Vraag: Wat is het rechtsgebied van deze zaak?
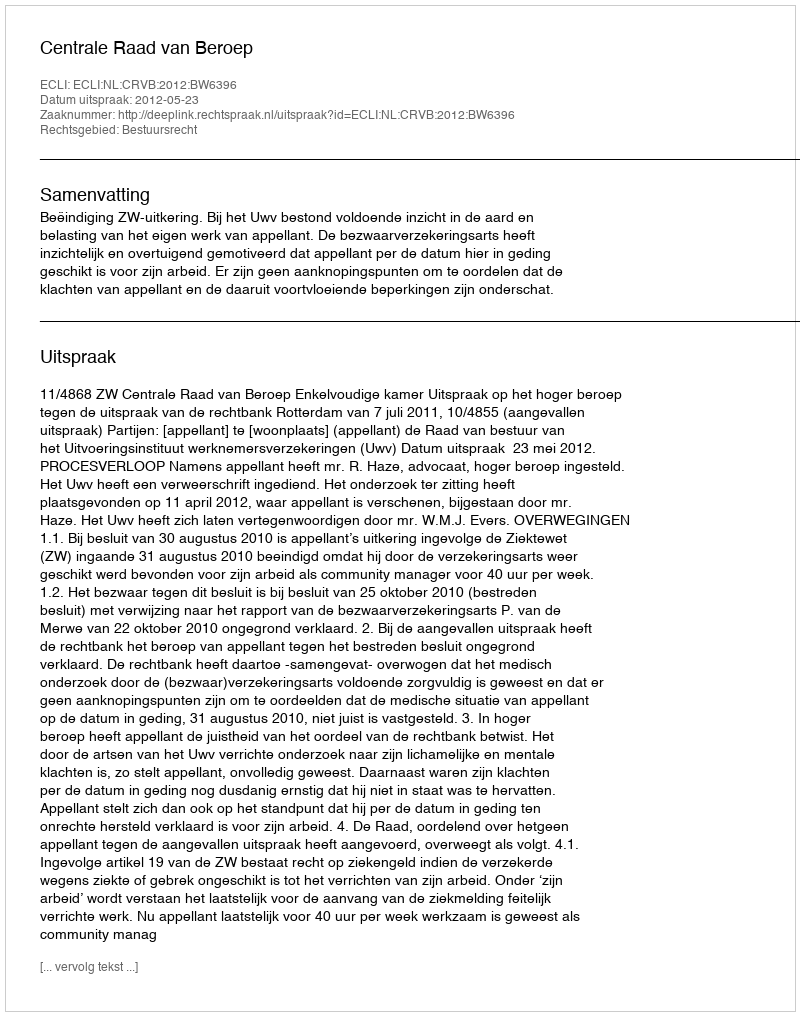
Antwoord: Bestuursrecht